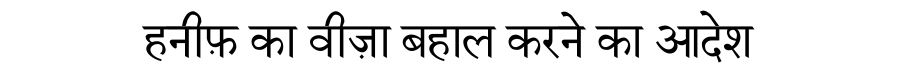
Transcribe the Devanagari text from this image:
हनीफ़ का वीज़ा बहाल करने का आदेश